Scientific memoirs by medical officers of the Army of India - Part XII,
Year: 1901
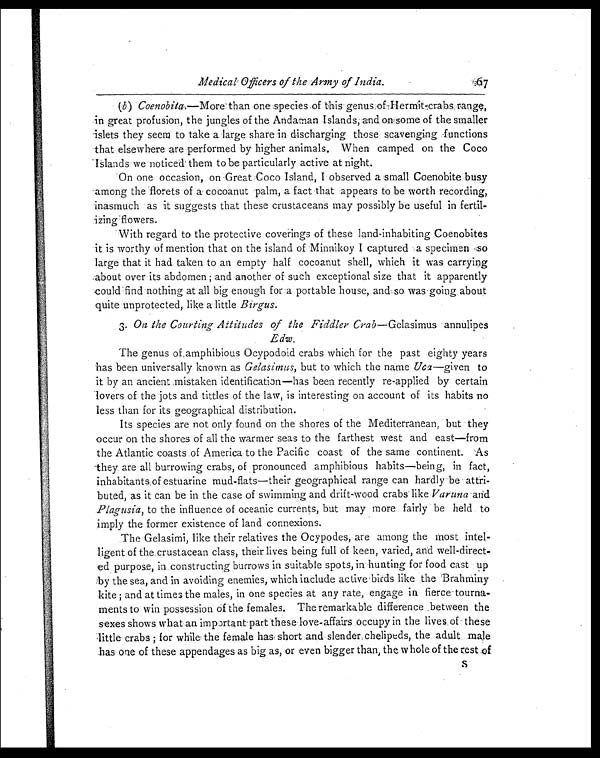
Medical Officers of the Army of India.67
(b) Coenobita.—More than one species of this genus of Hermit-crabs range,
in great profusion, the jungles of the Andaman Islands,and on some of the smaller
islets they seem to take a large share in discharging those scavenging functions
that elsewhere are performed by higher animals. When camped on the Coco
Islands we noticed them to be particularly active at night.
On one occasion, on Great Coco Island, I observed a small Coenobite. busy
among the florets of a cocoanut palm, a fact that appears to be worth recording,
inasmuch as it suggests that these crustaceans may possibly be useful in fertil-
izing flowers.
With regard to the protective coverings of these land-inhabiting Coenobites
it is worthy of mention that on the island of Minnikoy I captured a specimen so
large that it had taken to an empty half cocoanut shell, which it was carrying
about over its abdomen ; and another of such exceptional size that it apparently
could find nothing at all big enough for a portable house, and so was going about
quite unprotected, like a little Birgus.
3 .
O n t h e C o u r t i n g A t t i t u d e s o f t h e F i d d l e rC
r a b — G e l a s i m u s a n n u l i p e s
Edw.
The genus of amphibious Ocypodoid crabs which for the past eighty years
has been universally known as Gelasimus, but to which the name Uca—given to
it by an ancient mistaken identification—has been recently re-applied by certain
lovers of the jots and tittles of the law, is interesting on account of its habits no
less than for its geographical distribution.
Its species are not only found on the shores of the Mediterranean, but they
occur on the shores of all the warmer seas to the farthest west and east—from
the Atlantic coasts of America to the Pacific coast of the same continent. As
they are all burrowing crabs, of pronounced amphibious habits—being, in fact,
inhabitants of estuarine mud-flats—their geographical range can hardly be attri-
buted, as it can be in the case of swimming and drift-wood crabs like Varuna and
Plagusia, to the influence of oceanic currents, but may more fairly be held to
imply the former existence of land connexions.
The Gelasimi, like their relatives the Ocypodes, are among the most intel-
ligent of the crustacean class, their lives being full of keen, varied, and well-direct-
ed purpose, in constructing burrows in suitable spots, in hunting for food cast up
by the sea, and in avoiding enemies, which include active birds like the Brahrniny
kite ; and at times the males, in one species at any rate, engage in
fierce tournaments to win possession of the females. The remarkable difference between the
sexes shows what an important part these love -affairs occupy in the lives of these
little crabs; for while. the female has short and slender, chelipeds, the adult male
has one of these appendages as big as, or even bigger than, the whole of the rest of